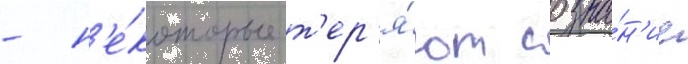
- н'е́которые т'ер'я́ют созна́н'ие